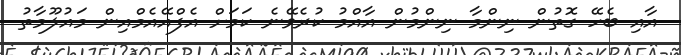
އާއި ބެހޭ ގޮތުން ނިންމާ ނިންމުން އާއްމު ކުރެވޭނެ ކަމަށް އެފްއޭއެމްއިން މައުލޫމާތު